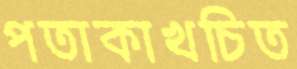
পতাকাখচিত